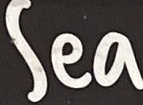
Sea